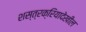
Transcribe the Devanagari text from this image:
शस्त्रक्रियादेखील